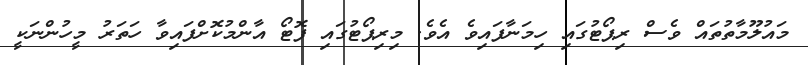
މައުލޫމާތުތައް ވެސް ރިޕޯޓުގައި ހިމަނާފައިވެ އެވެ. މިރިޕޯޓުގައި ފޮޓޯ އާންމުކޮށްފައިވާ ހަތަރު މީހުންނަކީ